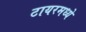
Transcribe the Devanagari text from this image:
टायरमध्ये